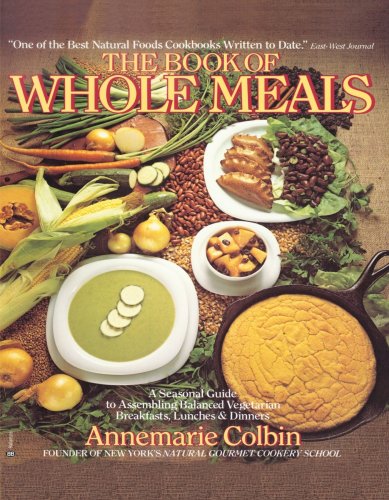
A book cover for The Book of Whole Meals: A Seasonal Guide to Assembling Balanced Vegetarian Breakfasts, Lunches and Dinners; Annemarie Colbin; Cookbooks, Food & Wine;